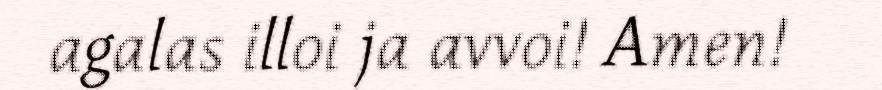
agalas illoi ja avvoi! Amen!